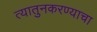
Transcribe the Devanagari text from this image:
त्यातुनकरण्याचा